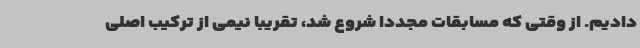
دادیم. از وقتی که مسابقات مجددا شروع شد، ‌تقریبا نیمی از ترکیب اصلی